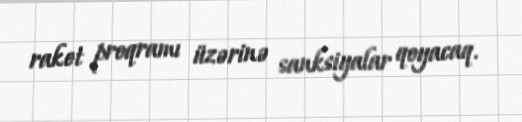
raket proqramı üzərinə sanksiyalar qoyacaq.